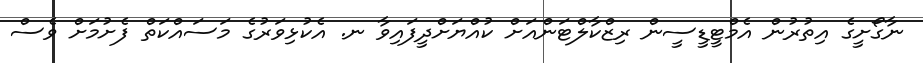
ނާގޯށީގެ އިތުރުން އެމްޓީޑީސީން ރިޒްކާލްޓަންއަށް ކުއްޔަށްދީފައިވާ ނ. އެކުޅިވަރުގެ މަސައްކަތް ފެށުމަށް ވެސް